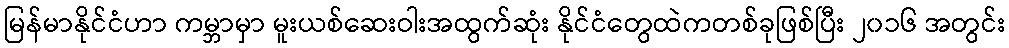
မြန်မာနိုင်ငံဟာ ကမ္ဘာမှာ မူးယစ်ဆေးဝါးအထွက်ဆုံး နိုင်ငံတွေထဲကတစ်ခုဖြစ်ပြီး ၂၀၁၆ အတွင်း